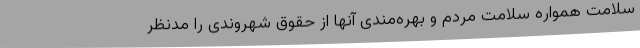
سلامت همواره سلامت مردم و بهره‌مندی آنها از حقوق شهروندی را مدنظر